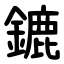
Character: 鏕